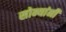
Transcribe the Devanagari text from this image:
सोन्यांनी